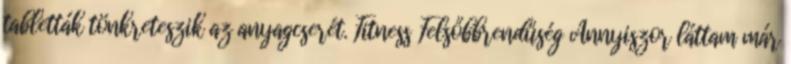
tabletták tönkreteszik az anyagcserét. Fitness Felsőbbrendűség Annyiszor láttam már